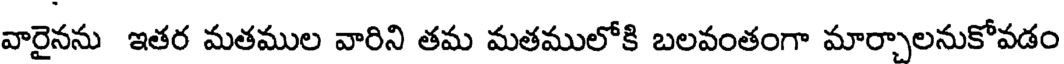
వారైనను ఇతర మతముల వారిని తమ మతములోకి బలవంతంగా మార్చాలనుకోవడం